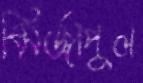
মির্জাপুল